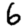
Digit: 6